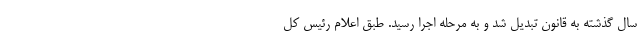
سال گذشته به قانون تبدیل شد و به مرحله اجرا رسید. طبق اعلام رئیس کل